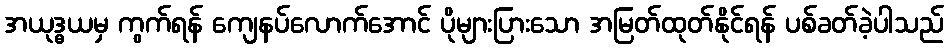
အယုဒ္ဓယမှ ကွက်ရန် ကျေနပ်လောက်အောင် ပိုများပြားသော အမြတ်ထုတ်နိုင်ရန် ပစ်ခတ်ခဲ့ပါသည်